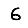
Digit: 6